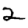
Digit: 2